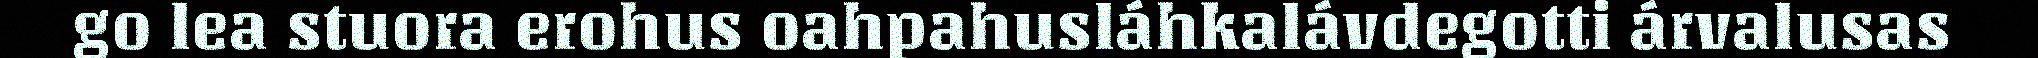
go lea stuora erohus oahpahusláhkalávdegotti árvalusas